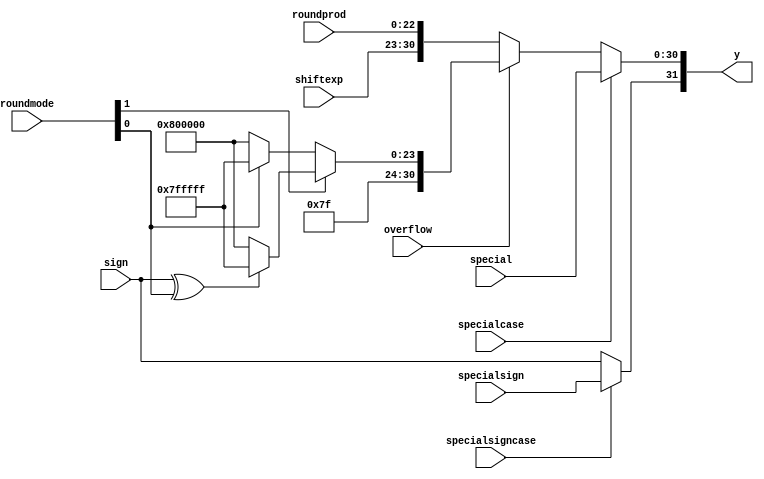
`define NWIDTH 6'b010100
`define BLOCKWIDTH 5'b01000
`define DDRWIDTH 7'b0100000
`define DDRNUMDQS 4'b0100
`define DDRSIZEWIDTH 6'b011000
`define BURSTLEN 3'b010
`define MEMCONWIDTH 8'b01000000
`define MEMCONNUMBYTES 5'b01000
`define RAMWIDTH 13'b0100000000000
`define RAMNUMBYTES 10'b0100000000
`define RAMSIZEWIDTH 5'b01000
`define TOPWIDTH 7'b0100000
`define rFIFOINPUTWIDTH 8'b01000000
`define wFIFOINPUTWIDTH 13'b0100000000000
`define mFIFOWIDTH 6'b011100
`define aFIFOWIDTH 5'b01000
`define SIMULATION_MEMORY
`define BLOCKM 9'b010000000
`define BLOCKN 9'b010000000
`define BLOCKMDIVK 3'b010
`define MEMBLOCKM 8'b01000000
`define MEMBLOCKN 8'b01000000
`define NWIDTH 6'b010100
`define BLOCKWIDTH 5'b01000
`define DDRSIZEWIDTH 6'b011000
`define RAMSIZEWIDTH 5'b01000
`define START 1'b0 //0
`define SETUP 2'b01 //1
`define FIRST 3'b010 //2
`define MODE0_SETUP 3'b011 //3
`define MODE0_WAIT 4'b0100 //4
`define MODE0 4'b0101 //5
`define MODE1_SETUP 4'b0110 //6
`define MODE1_WAIT 4'b0111 //7
`define MODE1 5'b01000 //8
`define MODE2_SETUP 5'b01001 //9
`define MODE2_WAIT 5'b01010 //10
`define MODE2 5'b01011 //11
`define MODE3_SETUP 5'b01100 //12
`define MODE3_WAIT 5'b01101 //13
`define MODE3 5'b01110 //14
`define STALL 5'b01111 //15
`define STALL_WAIT 6'b010000 //16
`define WAIT 6'b010001 //17
`define FINAL_WRITE 6'b010010 //18
`define FINAL_WAIT 6'b010011 //19
`define IDLE 6'b010100 //20
`define LAST_SETUP 6'b010101 //21
`define LAST_SETUP_WAIT 6'b010110 //22
`define LAST 6'b010111 //23
`define LAST_WAIT 6'b011000 //24
`define MEM_IDLE 1'b0 //0
`define MEM_WRITE 2'b01 //1
`define MEM_WRITE_WAIT 3'b010 //2
`define MEM_CHECK_DONE 3'b011 //3
`define MEM_READ 4'b0100 //4
`define MEM_READ_WAIT 4'b0101 //5
`define MEM_DONE 4'b0110 //6
`define MEM_WAIT_DONE 4'b0111 //7
`define rRAMSIZEWIDTH 8
`define cSETUP 4'b0000
`define cSTART 4'b0001
`define cFETCH_COL 4'b0010
`define cWAIT_COL 4'b0011
`define cFIND_REC 4'b0100
`define cMULT_COL 4'b0101
`define cUPDATE_J 4'b0110
`define cSTORE_MO 4'b0111
`define cMULT_SUB 4'b1000
`define cINCRE_I 4'b1001
`define cWAIT 4'b1010
`define cDONE 4'b1011
`define cSTORE_DIAG 4'b1100
`define cSTORE_DIAG2 4'b1101
`define cSTART_FETCH_ROW 4'b1110
`define cROW_WAIT 2'b00
`define cFETCH_ROW 2'b01
`define cDONE_FETCH_ROW 2'b10
`define cLOAD_ROW_INC_J 2'b11
`define PRECISION 7'b0100000
`define NUMPE 8'b01000000
`define PEWIDTH 4'b0110
`define BLOCKWIDTH 5'b01000
`define RAMWIDTH 13'b0100000000000
`define RAMNUMBYTES 10'b0100000000
`define RAMSIZEWIDTH 5'b01000
`define TOPSIZEWIDTH 5'b01110
`define TOPINPUTDELAY 3'b011
`define TOPOUTPUTDELAY 2'b01
`define MEMINPUTDELAY 3'b010
`define MEMOUTPUTDELAY 2'b01
`define TOPWIDTH 7'b0100000
//`define rFIFOINPUTWIDTH 64
`define rFIFOSIZE 512
`define rFIFOSIZEWIDTH 9
`define rFIFOOUTPUTWIDTH 2048
`define rFIFORSIZEWIDTH 4
	`define wFIFOINPUTWIDTH 13'b0100000000000
	`define wFIFOSIZE 6'b010000
	`define wFIFOSIZEWIDTH 4'b0100
	`define wFIFOOUTPUTWIDTH 8'b01000000
	`define wFIFORSIZEWIDTH 5'b01001
`define aFIFOSIZE 6'b010000
`define aFIFOSIZEWIDTH 4'b0100
`define aFIFOWIDTH 5'b01000
`define mFIFOSIZE 16
`define mFIFOSIZEWIDTH 4
//`define mFIFOWIDTH 28
`define BURSTLEN 3'b010
`define BURSTWIDTH 3'b010
`define DATAWIDTH 13'b0100000000000
`define DATANUMBYTES 10'b0100000000
`define MEMCONWIDTH 8'b01000000
`define MEMCONNUMBYTES 5'b01000
`define DDRSIZEWIDTH 6'b011000
`define FIFOSIZE 6'b010000
`define FIFOSIZEWIDTH 4'b0100
`define RAMWIDTH 13'b0100000000000
`define RAMNUMBYTES 10'b0100000000
`define RAMSIZEWIDTH 5'b01000
`define RATIO 7'b0100000
`define RAMLAT 4'b0101
`define dIDLE 0
`define dWRITE 1
`define dREAD 2
`define ZERO        8'b00000000  
`define ONE         8'b00000001  
`define TWO         8'b00000010  
`define THREE 		  8'b00000011  
`define FOUR		  8'b00000100  
`define FIVE		  8'b00000101  
`define SIX         8'b00000110  
`define SEVEN       8'b00000111  
`define EIGHT       8'b00001000  
`define NINE        8'b00001001  
`define TEN         8'b00001010  
`define ELEVEN      8'b00001011  
`define TWELVE      8'b00001100  
`define THIRTEEN    8'b00001101  
`define FOURTEEN    8'b00001110  
`define FIFTEEN     8'b00001111  
`define SIXTEEN     8'b00010000  
`define SEVENTEEN   8'b00010001  
`define EIGHTEEN	  8'b00010010  
`define NINETEEN    8'b00010011  
`define TWENTY		  8'b00010100  
`define TWENTYONE   8'b00010101  
`define TWENTYTWO   8'b00010110  
`define TWENTYTHREE 8'b00010111  
`define TWENTYFOUR  8'b00011000  
`define WEXP	8  
`define WSIG	23  
`define WFLAG	5  
`define WCONTROL 5  
`define DIVZERO 	0  
`define INVALID 	1  
`define INEXACT 	2  
`define OVERFLOW 	3  
`define UNDERFLOW	4  
`define WIDTH 		32 	//(`WEXP + `WSIG + 1)  
`define PRODWIDTH	48 	//(2 * (`WSIG + 1))  
`define SHIFTWIDTH	96 	//(2 * `PRODWIDTH))  
`define WPRENORM	24	// `WSIG + 1  
`define WEXPSUM		10	// `WEXP + 2  
`define BIAS		127	// (2^(`WEXP)) - 1  
`define WSIGMINUS1	22	// `WSIG - 1, used for rounding  
`define WSHIFTAMT	5	// log2(`WSIG + 1) rounded up  
`define UNDERBIAS	192	// 3 * 2 ^ (`WEXP -2)  
`define OVERBIAS	-192	// -`UNDERBIAS  
`define	EXTRASIG	25		// `WSIG+2 this is the amount of precision needed so no  
`define	SHIFT		5		// # bits the max alignment shift will fit in (log2(`WSIG+2)  
`define	MAX_EXP		8'b11111110	// the maximum non-infinite exponent,  
`define	INF_EXP		8'b11111111	// Infinity exponent, `WEXP bits, all 1  
`define	MAX_SIG		23'b11111111111111111111111  
`define	WEXP_0		8'b0		// Exponent equals `WEXP'b0  
`define	WEXP_1		8'b1		// Exponent equals one `WEXP'b1  
`define	WSIG_0		23'b0		// Significand equals zero `WSIG'b0  
`define	WSIG_1		23'b1		// Significand equals one `WSIG'b1  
`define	EXTRASIG_0	25'b0		// All result bits for adder zero `EXTRASIG'b0  
`define	MAXSHIFT	24		// `WSIG + 1  
`define CONSTNAN	{9'b111111111,22'b0}  
`define CONSTZERO	31'b0  
`define CONSTINFINITY	{8'b11111111, 23'b0}  
`define CONSTLARGEST	{`MAX_EXP, `MAX_SIG}  
`define PRESHIFTZEROS  48'b0 // `PRODWIDTH'b0  

module assemble(roundprod, special, y, sign, specialsign,  
		shiftexp, specialcase, specialsigncase, 
		roundmode, overflow); 
 
  // external signals 
  input	[`WSIG-1:0] 	roundprod;	// shifted, rounded and normalized  
					// 	product of mantissae 
  input	[`WIDTH-2:0]	special;	// special case product + exponent 
  output [`WIDTH-1:0] 	y;		// floating-point product 
  input			sign;		// sign of product (+ = 0, - = 1) 
  input			specialsign;	// special case sign 
  input	[`WEXP-1:0] 	shiftexp;	// shifted exponent 
  input			specialcase;	// this is a special case 
  input			specialsigncase; // use the special case sign 
  input	[1:0]		roundmode;	// rounding mode information extracted from control field   
  input			overflow;	// overflow detected 
   
  // internal signals 
  wire	[`WIDTH-2:0]	rounded;	// final product + exponent 
  wire	[`WIDTH-2:0]	overflowvalue;	// product + exponent for overflow condition 
  wire			undenormed;	// the result was denormalized before rounding, but rounding  
					//	caused it to become a small normalized number. 
 
  // SET UP ROUNDED PRODUCT + EXPONENT 
   
  // assign significand 
  assign rounded[`WSIG-1:0]	= roundprod; 
 
  // assign exponent 
  assign rounded[`WIDTH-2:`WIDTH-`WEXP-1] = shiftexp; 
 
  // SET UP OVERFLOW CONDITION 
  assign overflowvalue[`WIDTH-2:0] = roundmode[1] ?  
				(sign ^ roundmode[0] ? `CONSTLARGEST : `CONSTINFINITY) : 
				(roundmode[0] ? `CONSTLARGEST: `CONSTINFINITY); 
 
  // FINAL PRODUCT ASSIGN  
 
  // assign sign 
  assign y[`WIDTH-1]	= specialsigncase ? specialsign : sign; 
 
  // assign product vs special vs overflowed 
  assign y[`WIDTH-2:0]	= specialcase ? special[`WIDTH-2:0] : 
				(overflow ? overflowvalue[`WIDTH-2:0] : 
				rounded[`WIDTH-2:0]); 
 
endmodule